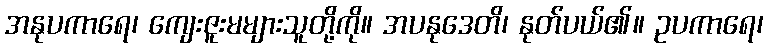
အနုပကာရေ၊ ကျေးဇူးမများသူတို့ကို။ အပနုဒေတိ၊ နုတ်ပယ်၏။ ဥပကာရေ၊